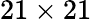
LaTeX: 21\times 21